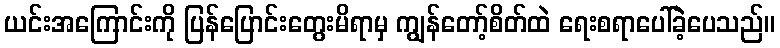
ယင်းအကြောင်းကို ပြန်ပြောင်းတွေးမိရာမှ ကျွန်တော့်စိတ်ထဲ ရေးစရာပေါ်ခဲ့ပေသည်။